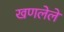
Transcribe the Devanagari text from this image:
खणलेले